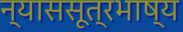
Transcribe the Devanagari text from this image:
न्याससूत्रभाष्य